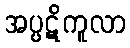
အပ္ပဋိကူလာ